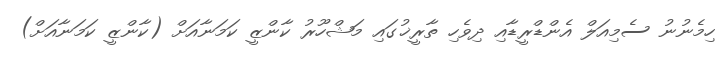
ހިމެނުނު ސެމިއަލް އެންޑްރީޑާއި ދިވެހި ތާރީޚުގައި މަޝްހޫރު ކާންޒީ ކަމަނާއަށް (ކާންޒީ ކަމަނާއަށް)